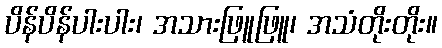
ပိန်ပိန်ပါးပါး၊ အသားဖြူဖြူ၊ အသံတိုးတိုး။